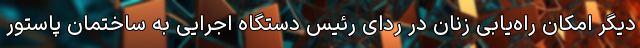
دیگر امکان راه‌یابی زنان در ردای رئیس دستگاه اجرایی به ساختمان پاستور